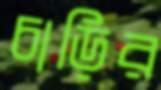
চাড়ির